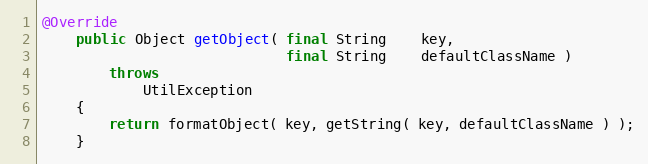
Language: Java
@Override
    public Object getObject( final String    key,
                             final String    defaultClassName )
        throws
            UtilException
    {
        return formatObject( key, getString( key, defaultClassName ) );
    }